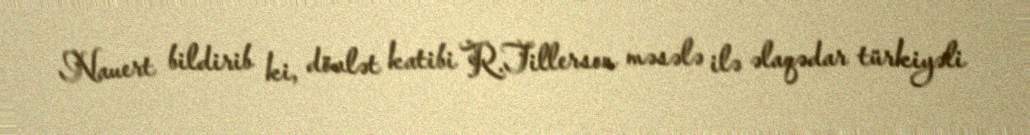
Nauert bildirib ki, dövlət katibi R.Tillerson məsələ ilə əlaqədar türkiyəli